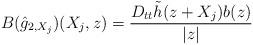
LaTeX: \begin{align*}B(\hat g_{2,X_j})(X_j,z) = \frac{D_{tt} \tilde h(z+X_j) b(z)}{|z|}\end{align*}